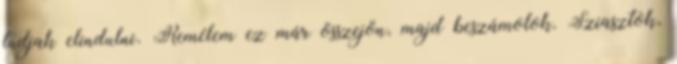
tudjak elindulni. Remélem ez már összejön, majd beszámolok. Sziasztok,